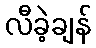
လီခဲ့ချန်